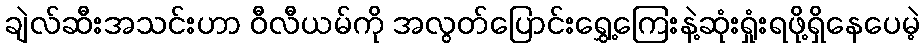
ချဲလ်ဆီးအသင်းဟာ ဝီလီယမ်ကို အလွတ်ပြောင်းရွှေ့ကြေးနဲ့ဆုံးရှုံးရဖို့ရှိနေပေမဲ့